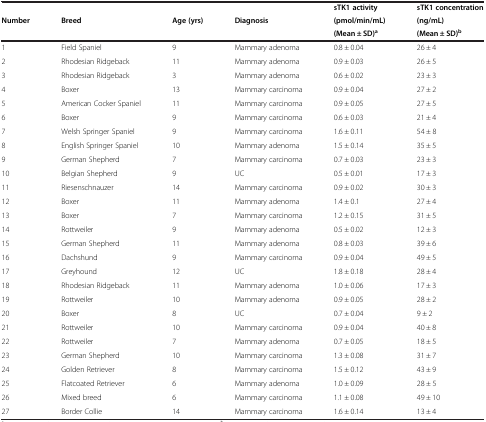
<table><thead><tr><td></td><td></td><td></td><td></td><td><b>sTK1 activity</b></td><td><b>sTK1 concentration</b></td></tr><tr><td><b>Number</b></td><td><b>Breed</b></td><td><b>Age (yrs)</b></td><td><b>Diagnosis</b></td><td><b>(pmol/min/mL)</b></td><td><b>(ng/mL)</b></td></tr><tr><td></td><td></td><td></td><td></td><td><b>(Mean ± SD)<sup>a</sup></b></td><td><b>(Mean ± SD)<sup>b</sup></b></td></tr></thead><tbody><tr><td>1</td><td>Field Spaniel</td><td>9</td><td>Mammary adenoma</td><td>0.8 ± 0.04</td><td>26 ± 4</td></tr><tr><td>2</td><td>Rhodesian Ridgeback</td><td>11</td><td>Mammary adenoma</td><td>0.9 ± 0.03</td><td>26 ± 5</td></tr><tr><td>3</td><td>Rhodesian Ridgeback</td><td>3</td><td>Mammary adenoma</td><td>0.6 ± 0.02</td><td>23 ± 3</td></tr><tr><td>4</td><td>Boxer</td><td>13</td><td>Mammary carcinoma</td><td>0.9 ± 0.04</td><td>27 ± 2</td></tr><tr><td>5</td><td>American Cocker Spaniel</td><td>11</td><td>Mammary carcinoma</td><td>0.9 ± 0.05</td><td>27 ± 5</td></tr><tr><td>6</td><td>Boxer</td><td>9</td><td>Mammary carcinoma</td><td>0.6 ± 0.03</td><td>21 ± 4</td></tr><tr><td>7</td><td>Welsh Springer Spaniel</td><td>9</td><td>Mammary carcinoma</td><td>1.6 ± 0.11</td><td>54 ± 8</td></tr><tr><td>8</td><td>English Springer Spaniel</td><td>10</td><td>Mammary adenoma</td><td>1.5 ± 0.14</td><td>35 ± 5</td></tr><tr><td>9</td><td>German Shepherd</td><td>7</td><td>Mammary carcinoma</td><td>0.7 ± 0.03</td><td>23 ± 3</td></tr><tr><td>10</td><td>Belgian Shepherd</td><td>9</td><td>UC</td><td>0.5 ± 0.01</td><td>17 ± 3</td></tr><tr><td>11</td><td>Riesenschnauzer</td><td>14</td><td>Mammary carcinoma</td><td>0.9 ± 0.02</td><td>30 ± 3</td></tr><tr><td>12</td><td>Boxer</td><td>11</td><td>Mammary adenoma</td><td>1.4 ± 0.1</td><td>27 ± 4</td></tr><tr><td>13</td><td>Boxer</td><td>7</td><td>Mammary carcinoma</td><td>1.2 ± 0.15</td><td>31 ± 5</td></tr><tr><td>14</td><td>Rottweiler</td><td>9</td><td>Mammary adenoma</td><td>0.5 ± 0.02</td><td>12 ± 3</td></tr><tr><td>15</td><td>German Shepherd</td><td>11</td><td>Mammary adenoma</td><td>0.8 ± 0.03</td><td>39 ± 6</td></tr><tr><td>16</td><td>Dachshund</td><td>9</td><td>Mammary carcinoma</td><td>0.9 ± 0.04</td><td>49 ± 5</td></tr><tr><td>17</td><td>Greyhound</td><td>12</td><td>UC</td><td>1.8 ± 0.18</td><td>28 ± 4</td></tr><tr><td>18</td><td>Rhodesian Ridgeback</td><td>11</td><td>Mammary adenoma</td><td>1.0 ± 0.06</td><td>17 ± 3</td></tr><tr><td>19</td><td>Rottweiler</td><td>10</td><td>Mammary adenoma</td><td>0.9 ± 0.05</td><td>28 ± 2</td></tr><tr><td>20</td><td>Boxer</td><td>8</td><td>UC</td><td>0.7 ± 0.04</td><td>9 ± 2</td></tr><tr><td>21</td><td>Rottweiler</td><td>10</td><td>Mammary carcinoma</td><td>0.9 ± 0.04</td><td>40 ± 8</td></tr><tr><td>22</td><td>Rottweiler</td><td>7</td><td>Mammary adenoma</td><td>0.7 ± 0.05</td><td>18 ± 5</td></tr><tr><td>23</td><td>German Shepherd</td><td>10</td><td>Mammary carcinoma</td><td>1.3 ± 0.08</td><td>31 ± 7</td></tr><tr><td>24</td><td>Golden Retriever</td><td>8</td><td>Mammary carcinoma</td><td>1.5 ± 0.12</td><td>43 ± 9</td></tr><tr><td>25</td><td>Flatcoated Retriever</td><td>6</td><td>Mammary adenoma</td><td>1.0 ± 0.09</td><td>28 ± 5</td></tr><tr><td>26</td><td>Mixed breed</td><td>6</td><td>Mammary carcinoma</td><td>1.1 ± 0.08</td><td>49 ± 10</td></tr><tr><td>27</td><td>Border Collie</td><td>14</td><td>Mammary carcinoma</td><td>1.6 ± 0.14</td><td>13 ± 4</td></tr></tbody></table>